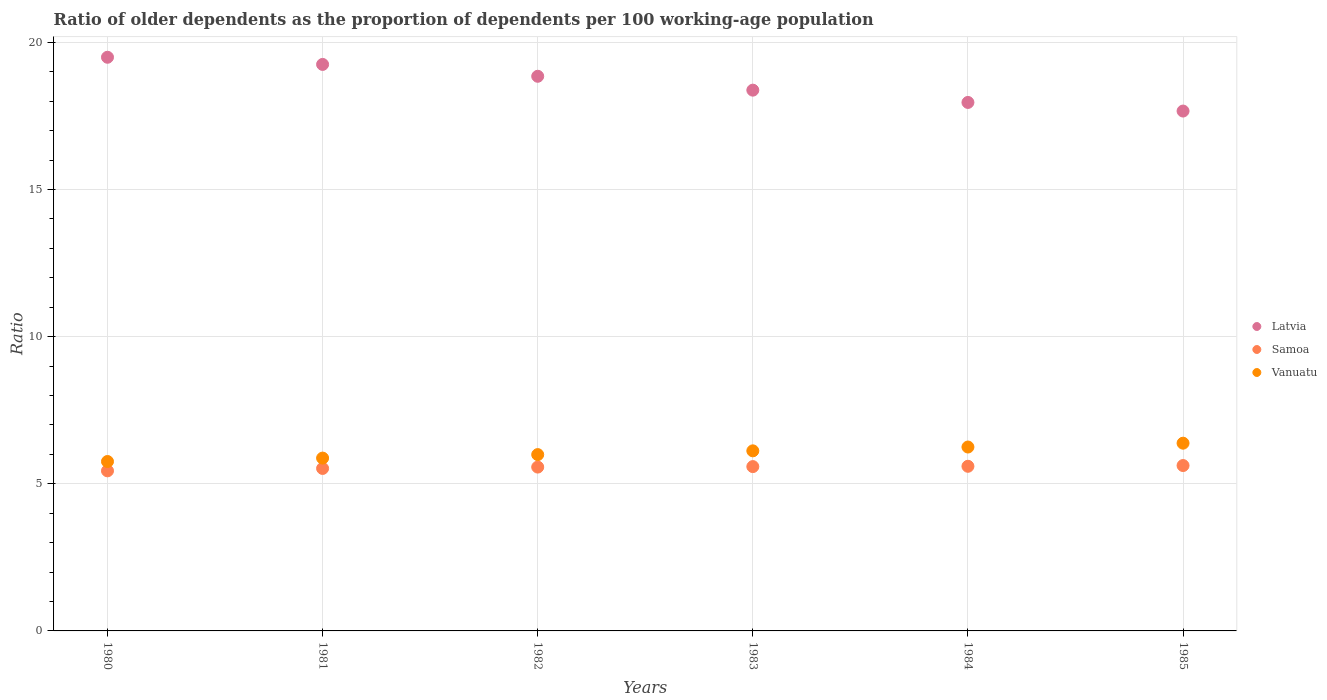
| Years | Latvia | Samoa | Vanuatu |
 | --- | --- | --- | --- |
 | 1980 | 19.5 | 5.44 | 5.76 |
 | 1981 | 19.2 | 5.52 | 5.87 |
 | 1982 | 18.8 | 5.57 | 5.99 |
 | 1983 | 18.4 | 5.58 | 6.12 |
 | 1984 | 18 | 5.59 | 6.25 |
 | 1985 | 17.7 | 5.62 | 6.38 |